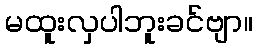
မထူးလှပါဘူးခင်ဗျာ။